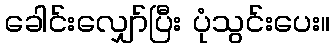
ခေါင်းလျှော်ပြီး ပုံသွင်းပေး။